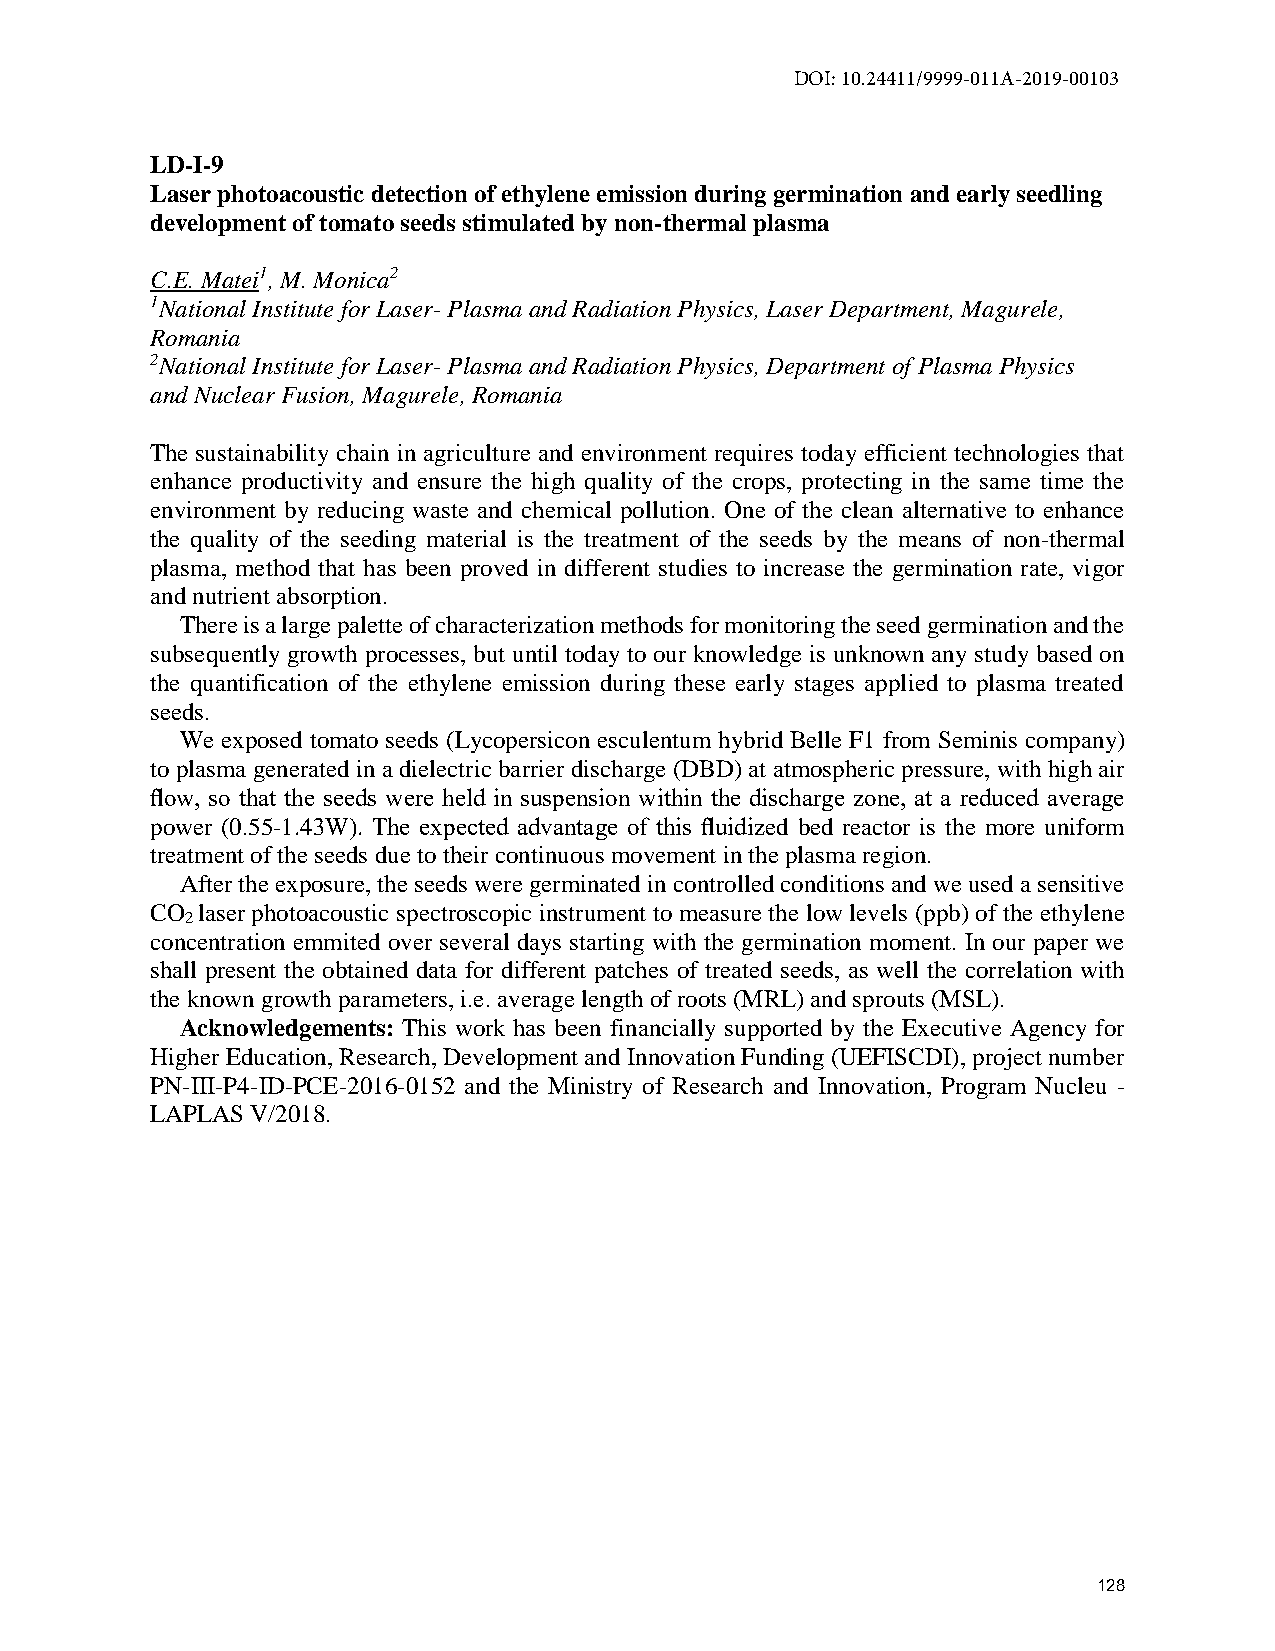
DOI: 10.24411/9999-011A-2019-00103
 LD-I-9
 Laser photoacoustic detection of ethylene emission during germination and early seedling
 development of tomato seeds stimulated by non-thermal plasma
 C.E. Matei1, M. Monica2
 1National Institute for Laser- Plasma and Radiation Physics, Laser Department, Magurele,
 Romania
 2National Institute for Laser- Plasma and Radiation Physics, Department of Plasma Physics
 and Nuclear Fusion, Magurele, Romania
 The sustainability chain in agriculture and environment requires today efficient technologies that
 enhance productivity and ensure the high quality of the crops, protecting in the same time the
 environment by reducing waste and chemical pollution. One of the clean alternative to enhance
 the quality of the seeding material is the treatment of the seeds by the means of non-thermal
 plasma, method that has been proved in different studies to increase the germination rate, vigor
 and nutrient absorption.
 There is a large palette of characterization methods for monitoring the seed germination and the
 subsequently growth processes, but until today to our knowledge is unknown any study based on
 the quantification of the ethylene emission during these early stages applied to plasma treated
 seeds.
 We exposed tomato seeds (Lycopersicon esculentum hybrid Belle F1 from Seminis company)
 to plasma generated in a dielectric barrier discharge (DBD) at atmospheric pressure, with high air
 flow, so that the seeds were held in suspension within the discharge zone, at a reduced average
 power (0.55-1.43W). The expected advantage of this fluidized bed reactor is the more uniform
 treatment of the seeds due to their continuous movement in the plasma region.
 After the exposure, the seeds were germinated in controlled conditions and we used a sensitive
 CO laser photoacoustic spectroscopic instrument to measure the low levels (ppb) of the ethylene
 2
 concentration emmited over several days starting with the germination moment. In our paper we
 shall present the obtained data for different patches of treated seeds, as well the correlation with
 the known growth parameters, i.e. average length of roots (MRL) and sprouts (MSL).
 Acknowledgements: This work has been financially supported by the Executive Agency for
 Higher Education, Research, Development and Innovation Funding (UEFISCDI), project number
 PN-III-P4-ID-PCE-2016-0152 and the Ministry of Research and Innovation, Program Nucleu -
 LAPLAS V/2018.
 128